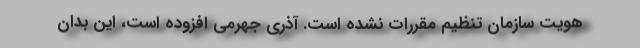
هویت سازمان تنظیم مقررات نشده است. آذری جهرمی افزوده است، این بدان